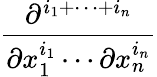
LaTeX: \frac{\partial^{i_{1}+\cdots+i_{n}}}{\partial x_{1}^{i_{1}}\cdots\partial x_{n}^{i_{n}}}